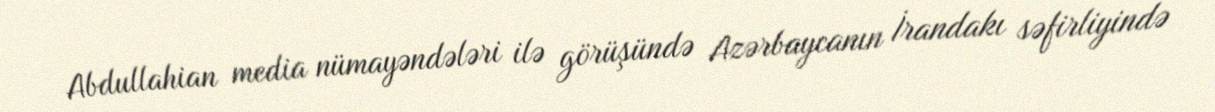
Abdullahian media nümayəndələri ilə görüşündə Azərbaycanın İrandakı səfirliyində